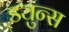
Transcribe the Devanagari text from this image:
ड्युन्स